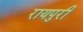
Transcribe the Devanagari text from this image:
रायपुरी